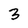
Character: 3